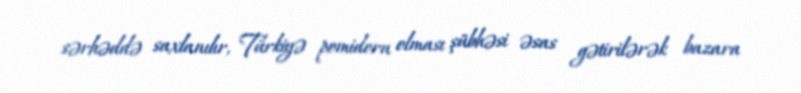
sərhəddə saxlanılır, Türkiyə pomidoru olması şübhəsi əsas gətirilərək bazara